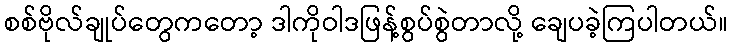
စစ်ဗိုလ်ချုပ်တွေကတော့ ဒါကိုဝါဒဖြန့်စွပ်စွဲတာလို့ ချေပခဲ့ကြပါတယ်။